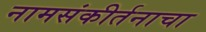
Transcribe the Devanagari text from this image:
नामसंकीर्तनाचा